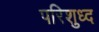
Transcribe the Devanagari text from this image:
परिशुध्द